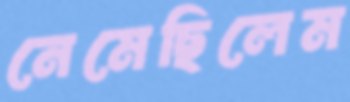
নেমেছিলেম